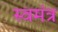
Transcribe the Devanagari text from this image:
स्वमंत्र